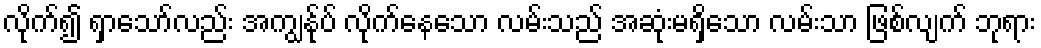
လိုက်၍ ရှာသော်လည်း အကျွန်ုပ် လိုက်နေသော လမ်းသည် အဆုံးမရှိသော လမ်းသာ ဖြစ်လျက် ဘုရား